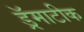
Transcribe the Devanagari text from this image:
ड्रॅमाटीक